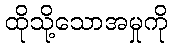
ထိုသို့သောအမှုကို